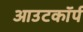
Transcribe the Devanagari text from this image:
आउटकॉर्प